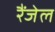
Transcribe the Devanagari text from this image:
रैंजेल